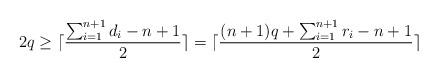
LaTeX: \begin{align*}2q \ge \lceil \frac{\sum_{i=1}^{n+1} d_i - n +1 }{2} \rceil = \lceil \frac{(n+1)q + \sum_{i=1}^{n+1} r_i - n +1}{2} \rceil\end{align*}